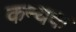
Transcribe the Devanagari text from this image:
कन्यक